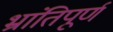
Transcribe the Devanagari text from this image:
भ्रांतिपूर्ण